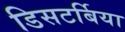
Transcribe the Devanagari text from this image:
डिसटर्बिया